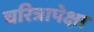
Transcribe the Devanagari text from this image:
चरित्रापेक्षा